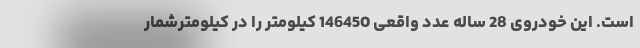
است. این خودروی 28 ساله عدد واقعی 146450 کیلومتر را در کیلومترشمار